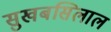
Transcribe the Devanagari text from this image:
सुखबसिलाल